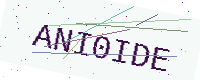
Text: ANI0IDE